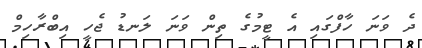
ދެ ވަނަ ހާފްގައި އެ ޓީމުގެ ތިން ވަނަ ލަނޑު ޖެހީ އިބްރާހިމް